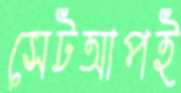
সেটআপই